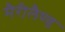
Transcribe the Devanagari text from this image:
मैरीलैण्ड